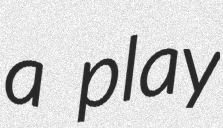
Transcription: a play